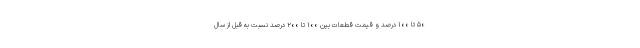
۵۰ تا ۱۰۰ درصد و قیمت قطعات بین ۱۰۰ تا ۲۰۰ درصد نسبت به قبل از سال